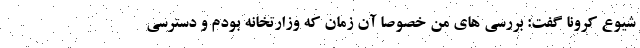
شیوع کرونا گفت: بررسی های من خصوصاً آن زمان که وزارتخانه بودم و دسترسی